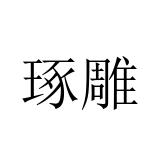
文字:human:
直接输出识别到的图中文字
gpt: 琢雕